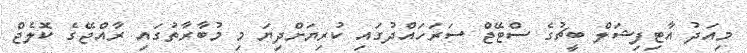
މިއަދު އާޓިފިޝަލް ބީޗުގެ ސްޓޭޖް ސަރަހައްދުގައި ކުރިޔަށްދިޔަ މި މުބާރާތުގައި ރާއްޖޭގެ ކޮލެޖް